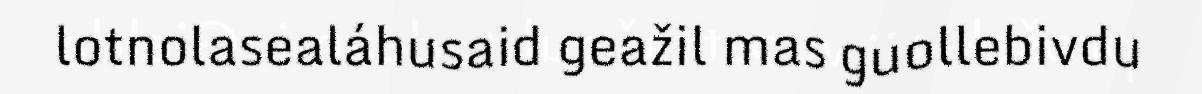
lotnolasealáhusaid geažil mas guollebivdu